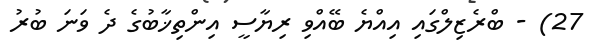
27) - ބްރެޒިލްގައި އިއްޔެ ބޭއްވި ރިޔާސީ އިންތިޚާބުގެ ދެ ވަނަ ބުރު